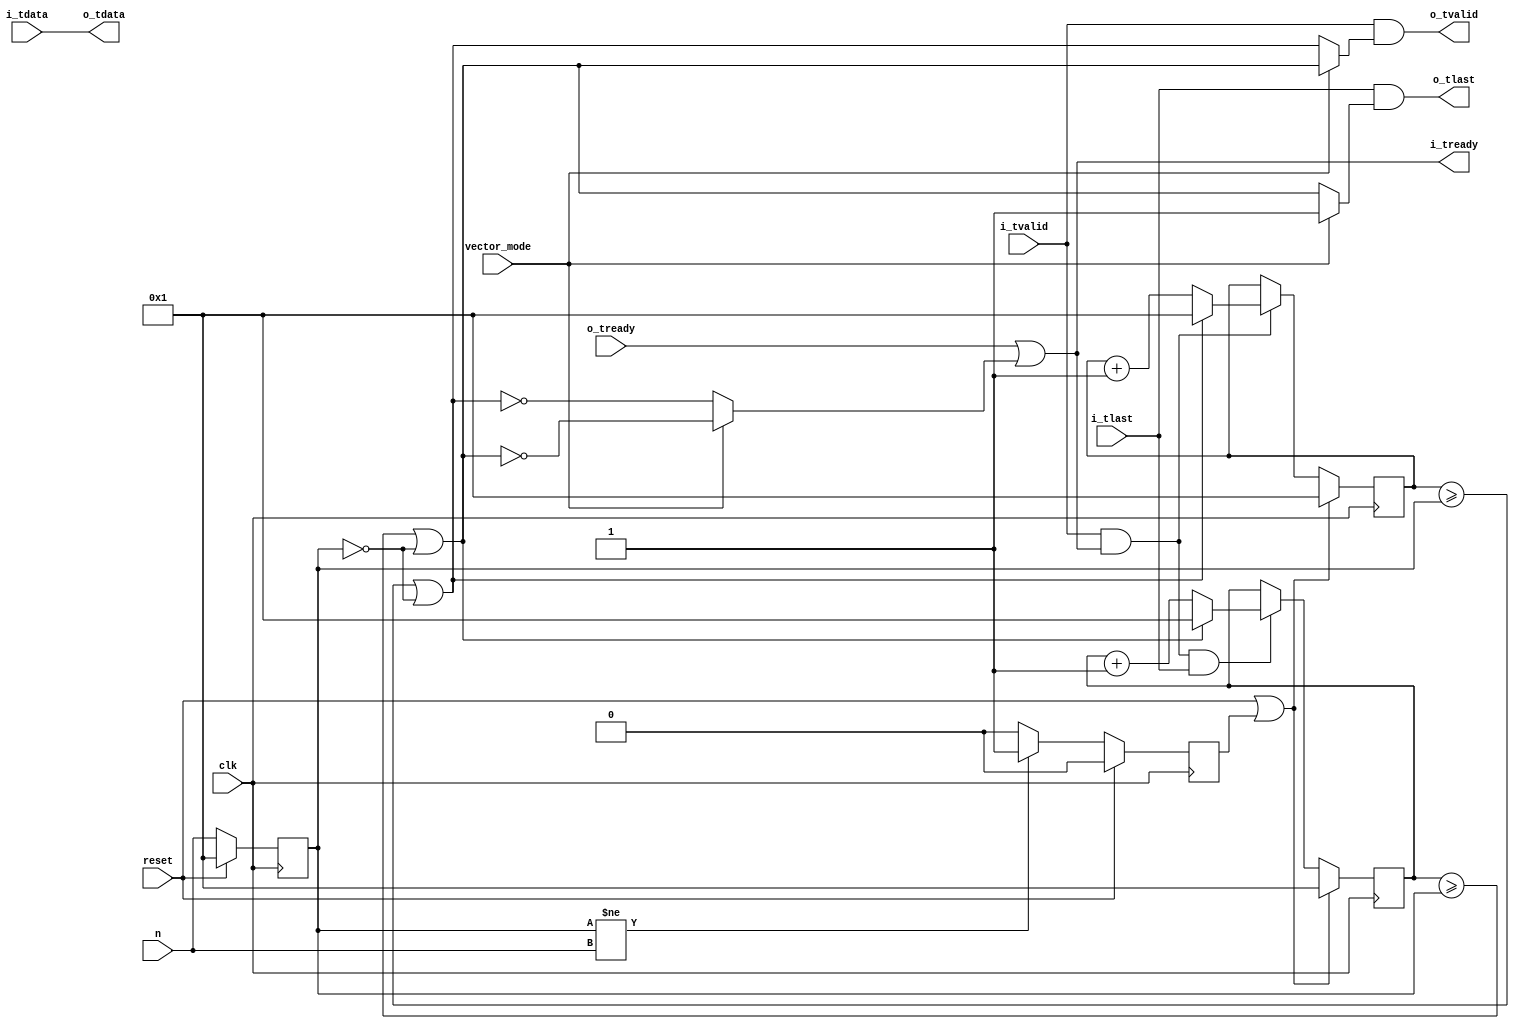
//
// Copyright 2016 Ettus Research
//
// Note: n == 0 lets everything through.
// Warning: Sample / packet counts reset when n is changed, caution if changing during operation!

module keep_one_in_n #(
  parameter KEEP_FIRST=0,  // 0: Drop n-1 words then keep last word, 1: Keep 1st word then drop n-1
  parameter WIDTH=16,
  parameter MAX_N=65535
)(
  input clk, input reset,
  input vector_mode,
  input [$clog2(MAX_N+1)-1:0] n,
  input [WIDTH-1:0] i_tdata, input i_tlast, input i_tvalid, output i_tready,
  output [WIDTH-1:0] o_tdata, output o_tlast, output o_tvalid, input o_tready
);

  reg [$clog2(MAX_N+1)-1:0] sample_cnt, pkt_cnt, n_reg;
  reg n_changed;

  always @(posedge clk) begin
    if (reset) begin
       n_reg      <= 1;
       n_changed  <= 1'b0;
    end else begin
      n_reg       <= n;
      if (n_reg != n) begin
        n_changed <= 1'b1;
      end else begin
        n_changed <= 1'b0;
      end
    end
  end

  wire on_last_sample  = ( (sample_cnt >= n_reg) | (n_reg == 0) );
  wire on_first_sample = ( (sample_cnt == 1)     | (n_reg == 0) );
  wire on_last_pkt     = ( (pkt_cnt >= n_reg)    | (n_reg == 0) );
  wire on_first_pkt    = ( (pkt_cnt == 1)        | (n_reg == 0) );

  always @(posedge clk) begin
    if (reset | n_changed) begin
       sample_cnt <= 1;
       pkt_cnt    <= 1;
    end else begin
      if (i_tvalid & i_tready) begin
        if (on_last_sample) begin
          sample_cnt <= 1;
        end else begin
          sample_cnt <= sample_cnt + 1'd1;
        end
      end
      if (i_tvalid & i_tready & i_tlast) begin
        if (on_last_pkt) begin
          pkt_cnt <= 1;
        end else begin
          pkt_cnt <= pkt_cnt + 1'd1;
        end
      end
    end
  end

  assign i_tready = o_tready | (vector_mode ? (KEEP_FIRST ? ~on_first_pkt    : ~on_last_pkt) :
                                              (KEEP_FIRST ? ~on_first_sample : ~on_last_sample));
  assign o_tvalid = i_tvalid & (vector_mode ? (KEEP_FIRST ?  on_first_pkt    :  on_last_pkt) :
                                              (KEEP_FIRST ?  on_first_sample :  on_last_sample));
  assign o_tdata  = i_tdata;
  assign o_tlast  = i_tlast  & (vector_mode ? 1'b1 : on_last_pkt);

endmodule // keep_one_in_n_vec